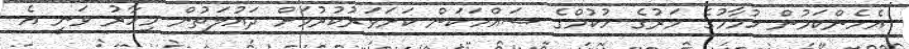
އެހެންކަމުން ހުމާމުގެ މަރުގެ ހުކުމްގެ ސައްހަކަން ކަށަވަރުކުރުމަށް ދައުލަތުން މިހާރު ވަނީ އެ